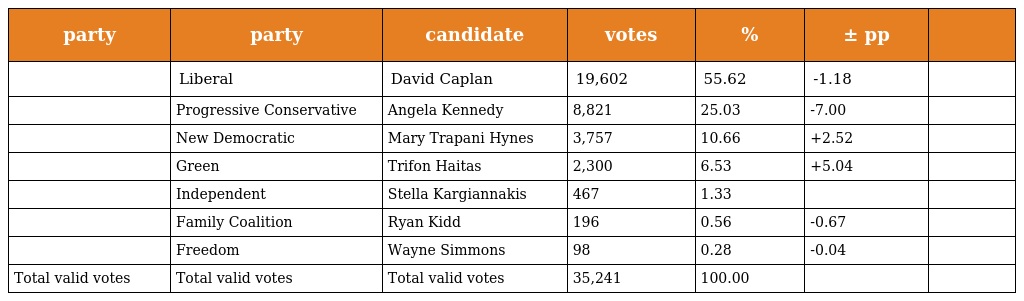
| party | party | candidate | votes | % | ± pp |  |
 | --- | --- | --- | --- | --- | --- | --- |
 |  | Liberal | David Caplan | 19,602 | 55.62 | -1.18 |  |
 |  | Progressive Conservative | Angela Kennedy | 8,821 | 25.03 | -7.00 |  |
 |  | New Democratic | Mary Trapani Hynes | 3,757 | 10.66 | +2.52 |  |
 |  | Green | Trifon Haitas | 2,300 | 6.53 | +5.04 |  |
 |  | Independent | Stella Kargiannakis | 467 | 1.33 |  |  |
 |  | Family Coalition | Ryan Kidd | 196 | 0.56 | -0.67 |  |
 |  | Freedom | Wayne Simmons | 98 | 0.28 | -0.04 |  |
 | Total valid votes | Total valid votes | Total valid votes | 35,241 | 100.00 |  |  |